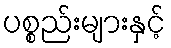
ပစ္စည်းများနှင့်